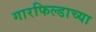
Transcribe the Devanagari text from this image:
गारफिल्डाच्या